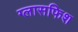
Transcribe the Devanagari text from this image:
ग्लासफिश